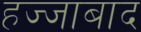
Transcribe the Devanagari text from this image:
हज्जाबाद